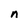
Character: n